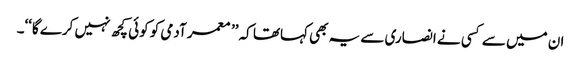
ان میں سے کسی نے انصاری سے یہ بھی کہاتھا کہ ’’ معمر آدمی کو کوئی کچھ نہیں کرے گا‘‘۔